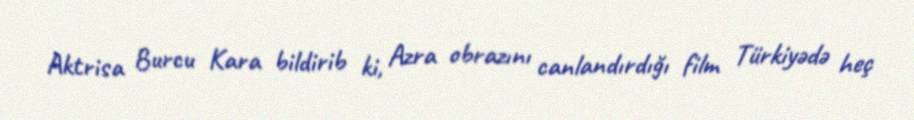
Aktrisa Burcu Kara bildirib ki, Azra obrazını canlandırdığı film Türkiyədə heç